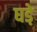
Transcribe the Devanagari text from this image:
घडे़